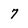
Character: 7